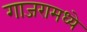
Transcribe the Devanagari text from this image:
गाजरामध्ये